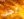
أجل